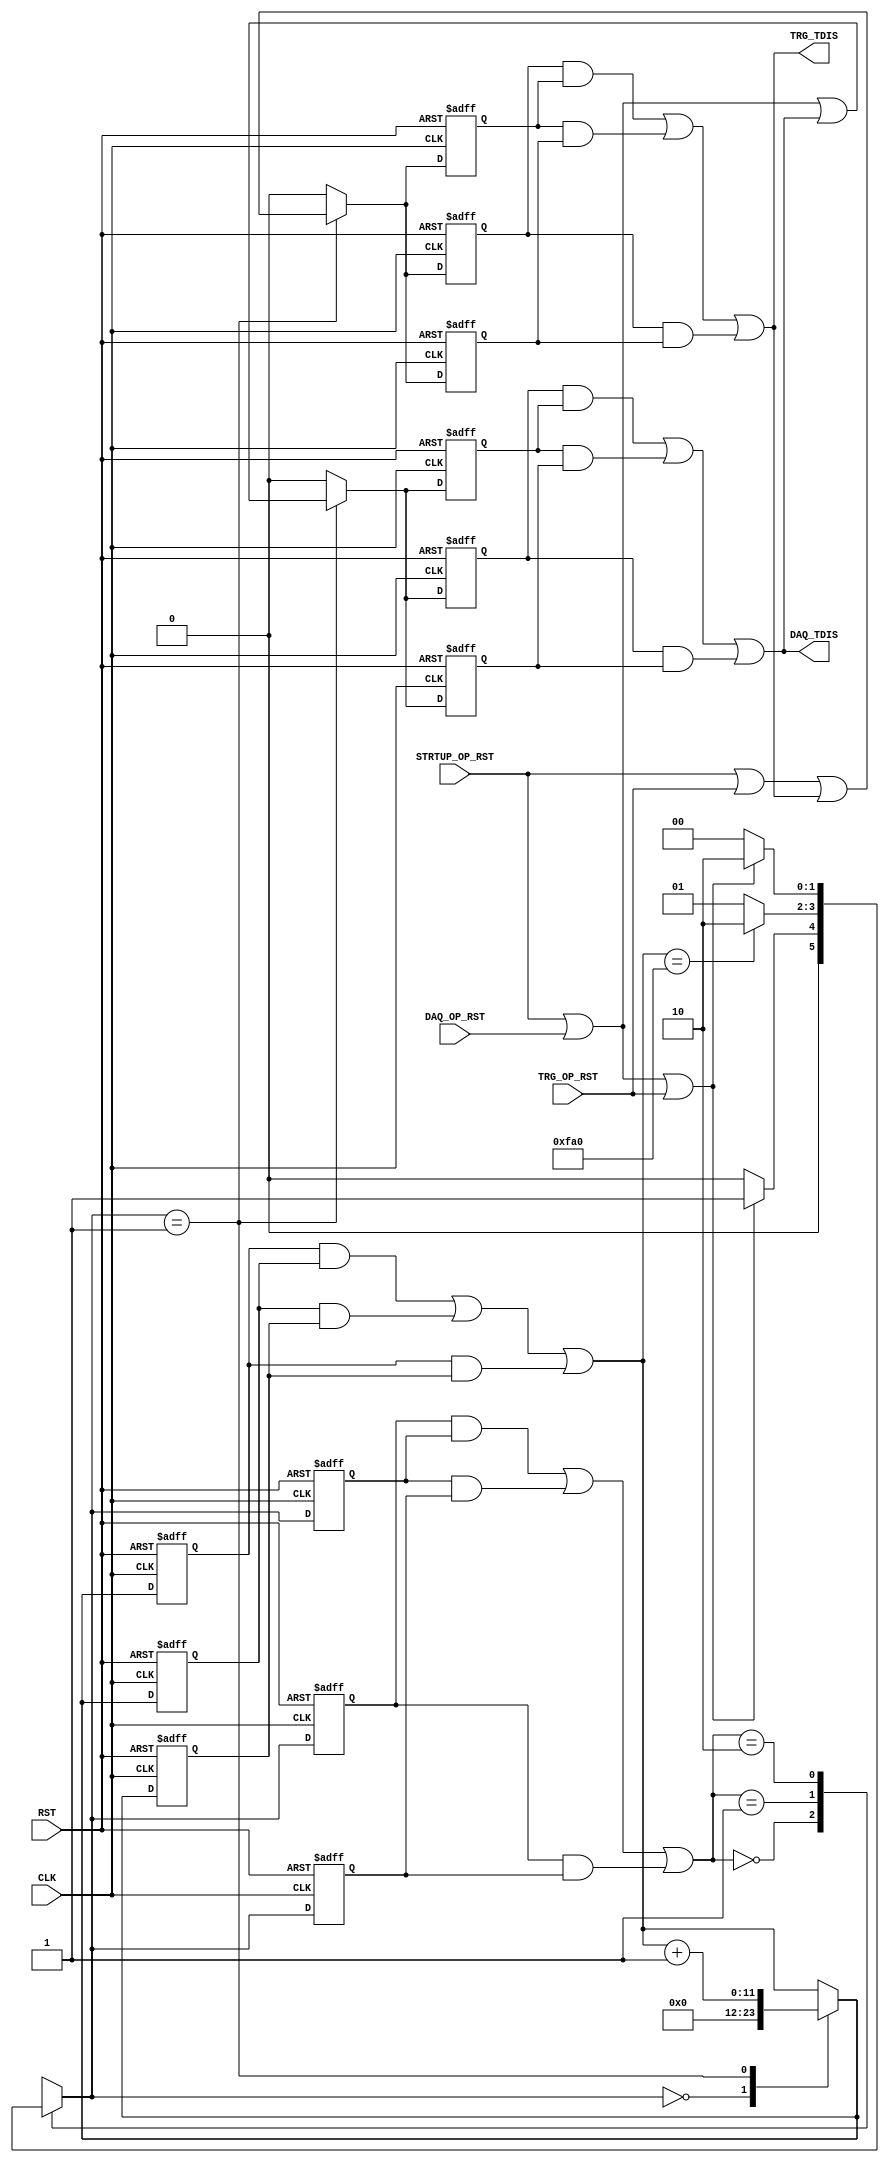

// Created by fizzim_tmr.pl version $Revision: 4.44 on 2016:06:27 at 14:58:35 (www.fizzim.com)

module op_link_rst_FSM_TMR 
  #(
    parameter PULSE_DUR = 12'd4000
  )(
  output DAQ_TDIS,
  output TRG_TDIS,
  input CLK,
  input DAQ_OP_RST,
  input RST,
  input STRTUP_OP_RST,
  input TRG_OP_RST 
);

  // state bits
  parameter 
  Idle   = 2'b00, 
  Tx_Dis = 2'b01, 
  Wait   = 2'b10; 

  (* syn_preserve = "true" *) reg [1:0] state_1;
  (* syn_preserve = "true" *) reg [1:0] state_2;
  (* syn_preserve = "true" *) reg [1:0] state_3;

  (* syn_keep = "true" *) wire [1:0] voted_state_1;
  (* syn_keep = "true" *) wire [1:0] voted_state_2;
  (* syn_keep = "true" *) wire [1:0] voted_state_3;

  assign voted_state_1      = (state_1      & state_2     ) | (state_2      & state_3     ) | (state_1      & state_3     ); // Majority logic
  assign voted_state_2      = (state_1      & state_2     ) | (state_2      & state_3     ) | (state_1      & state_3     ); // Majority logic
  assign voted_state_3      = (state_1      & state_2     ) | (state_2      & state_3     ) | (state_1      & state_3     ); // Majority logic


  (* syn_keep = "true" *) reg [1:0] nextstate_1;
  (* syn_keep = "true" *) reg [1:0] nextstate_2;
  (* syn_keep = "true" *) reg [1:0] nextstate_3;


  (* syn_preserve = "true" *)  reg DAQ_TDIS_1;
  (* syn_preserve = "true" *)  reg DAQ_TDIS_2;
  (* syn_preserve = "true" *)  reg DAQ_TDIS_3;
  (* syn_preserve = "true" *)  reg TRG_TDIS_1;
  (* syn_preserve = "true" *)  reg TRG_TDIS_2;
  (* syn_preserve = "true" *)  reg TRG_TDIS_3;
  (* syn_preserve = "true" *)  reg [11:0] cnt_1;
  (* syn_preserve = "true" *)  reg [11:0] cnt_2;
  (* syn_preserve = "true" *)  reg [11:0] cnt_3;
  (* syn_keep = "true" *)      wire [11:0] voted_cnt_1;
  (* syn_keep = "true" *)      wire [11:0] voted_cnt_2;
  (* syn_keep = "true" *)      wire [11:0] voted_cnt_3;
  (* syn_preserve = "true" *)  reg daq_tdis_i_1;
  (* syn_preserve = "true" *)  reg daq_tdis_i_2;
  (* syn_preserve = "true" *)  reg daq_tdis_i_3;
  (* syn_keep = "true" *)      wire voted_daq_tdis_i_1;
  (* syn_keep = "true" *)      wire voted_daq_tdis_i_2;
  (* syn_keep = "true" *)      wire voted_daq_tdis_i_3;
  (* syn_preserve = "true" *)  reg trg_tdis_i_1;
  (* syn_preserve = "true" *)  reg trg_tdis_i_2;
  (* syn_preserve = "true" *)  reg trg_tdis_i_3;
  (* syn_keep = "true" *)      wire voted_trg_tdis_i_1;
  (* syn_keep = "true" *)      wire voted_trg_tdis_i_2;
  (* syn_keep = "true" *)      wire voted_trg_tdis_i_3;

  // Assignment of outputs and flags to voted majority logic of replicated registers
  assign DAQ_TDIS   = (DAQ_TDIS_1   & DAQ_TDIS_2  ) | (DAQ_TDIS_2   & DAQ_TDIS_3  ) | (DAQ_TDIS_1   & DAQ_TDIS_3  ); // Majority logic
  assign TRG_TDIS   = (TRG_TDIS_1   & TRG_TDIS_2  ) | (TRG_TDIS_2   & TRG_TDIS_3  ) | (TRG_TDIS_1   & TRG_TDIS_3  ); // Majority logic
  assign voted_cnt_1        = (cnt_1        & cnt_2       ) | (cnt_2        & cnt_3       ) | (cnt_1        & cnt_3       ); // Majority logic
  assign voted_cnt_2        = (cnt_1        & cnt_2       ) | (cnt_2        & cnt_3       ) | (cnt_1        & cnt_3       ); // Majority logic
  assign voted_cnt_3        = (cnt_1        & cnt_2       ) | (cnt_2        & cnt_3       ) | (cnt_1        & cnt_3       ); // Majority logic
  assign voted_daq_tdis_i_1 = (daq_tdis_i_1 & daq_tdis_i_2) | (daq_tdis_i_2 & daq_tdis_i_3) | (daq_tdis_i_1 & daq_tdis_i_3); // Majority logic
  assign voted_daq_tdis_i_2 = (daq_tdis_i_1 & daq_tdis_i_2) | (daq_tdis_i_2 & daq_tdis_i_3) | (daq_tdis_i_1 & daq_tdis_i_3); // Majority logic
  assign voted_daq_tdis_i_3 = (daq_tdis_i_1 & daq_tdis_i_2) | (daq_tdis_i_2 & daq_tdis_i_3) | (daq_tdis_i_1 & daq_tdis_i_3); // Majority logic
  assign voted_trg_tdis_i_1 = (trg_tdis_i_1 & trg_tdis_i_2) | (trg_tdis_i_2 & trg_tdis_i_3) | (trg_tdis_i_1 & trg_tdis_i_3); // Majority logic
  assign voted_trg_tdis_i_2 = (trg_tdis_i_1 & trg_tdis_i_2) | (trg_tdis_i_2 & trg_tdis_i_3) | (trg_tdis_i_1 & trg_tdis_i_3); // Majority logic
  assign voted_trg_tdis_i_3 = (trg_tdis_i_1 & trg_tdis_i_2) | (trg_tdis_i_2 & trg_tdis_i_3) | (trg_tdis_i_1 & trg_tdis_i_3); // Majority logic

  // Assignment of error detection logic to replicated signals

  // comb always block
  always @* begin
    nextstate_1 = 2'bxx; // default to x because default_state_is_x is set
    nextstate_2 = 2'bxx; // default to x because default_state_is_x is set
    nextstate_3 = 2'bxx; // default to x because default_state_is_x is set
    DAQ_TDIS_1 = voted_daq_tdis_i_1; // default
    DAQ_TDIS_2 = voted_daq_tdis_i_2; // default
    DAQ_TDIS_3 = voted_daq_tdis_i_3; // default
    TRG_TDIS_1 = voted_trg_tdis_i_1; // default
    TRG_TDIS_2 = voted_trg_tdis_i_2; // default
    TRG_TDIS_3 = voted_trg_tdis_i_3; // default
    case (voted_state_1)
      Idle  : if (STRTUP_OP_RST || DAQ_OP_RST || TRG_OP_RST)     nextstate_1 = Tx_Dis;
              else                                               nextstate_1 = Idle;
      Tx_Dis: if (voted_cnt_1 == PULSE_DUR)                      nextstate_1 = Wait;
              else                                               nextstate_1 = Tx_Dis;
      Wait  : if (!(STRTUP_OP_RST || DAQ_OP_RST || TRG_OP_RST))  nextstate_1 = Idle;
              else                                               nextstate_1 = Wait;
    endcase
    case (voted_state_2)
      Idle  : if (STRTUP_OP_RST || DAQ_OP_RST || TRG_OP_RST)     nextstate_2 = Tx_Dis;
              else                                               nextstate_2 = Idle;
      Tx_Dis: if (voted_cnt_2 == PULSE_DUR)                      nextstate_2 = Wait;
              else                                               nextstate_2 = Tx_Dis;
      Wait  : if (!(STRTUP_OP_RST || DAQ_OP_RST || TRG_OP_RST))  nextstate_2 = Idle;
              else                                               nextstate_2 = Wait;
    endcase
    case (voted_state_3)
      Idle  : if (STRTUP_OP_RST || DAQ_OP_RST || TRG_OP_RST)     nextstate_3 = Tx_Dis;
              else                                               nextstate_3 = Idle;
      Tx_Dis: if (voted_cnt_3 == PULSE_DUR)                      nextstate_3 = Wait;
              else                                               nextstate_3 = Tx_Dis;
      Wait  : if (!(STRTUP_OP_RST || DAQ_OP_RST || TRG_OP_RST))  nextstate_3 = Idle;
              else                                               nextstate_3 = Wait;
    endcase
  end

  // Assign reg'd outputs to state bits

  // sequential always block
  always @(posedge CLK or posedge RST) begin
    if (RST) begin
      state_1 <= Idle;
      state_2 <= Idle;
      state_3 <= Idle;
    end
    else begin
      state_1 <= nextstate_1;
      state_2 <= nextstate_2;
      state_3 <= nextstate_3;
    end
  end

  // datapath sequential always block
  always @(posedge CLK or posedge RST) begin
    if (RST) begin
      cnt_1 <= 12'h000;
      cnt_2 <= 12'h000;
      cnt_3 <= 12'h000;
      daq_tdis_i_1 <= 0;
      daq_tdis_i_2 <= 0;
      daq_tdis_i_3 <= 0;
      trg_tdis_i_1 <= 0;
      trg_tdis_i_2 <= 0;
      trg_tdis_i_3 <= 0;
    end
    else begin
      cnt_1 <= voted_cnt_1; // default
      cnt_2 <= voted_cnt_2; // default
      cnt_3 <= voted_cnt_3; // default
      daq_tdis_i_1 <= 0; // default
      daq_tdis_i_2 <= 0; // default
      daq_tdis_i_3 <= 0; // default
      trg_tdis_i_1 <= 0; // default
      trg_tdis_i_2 <= 0; // default
      trg_tdis_i_3 <= 0; // default
      case (nextstate_1)
        Idle  :        cnt_1 <= 12'h000;
        Tx_Dis: begin
                       cnt_1 <= voted_cnt_1 + 1;
                       daq_tdis_i_1 <= STRTUP_OP_RST || DAQ_OP_RST || voted_daq_tdis_i_1;
                       trg_tdis_i_1 <= STRTUP_OP_RST || TRG_OP_RST || voted_trg_tdis_i_1;
        end
      endcase
      case (nextstate_2)
        Idle  :        cnt_2 <= 12'h000;
        Tx_Dis: begin
                       cnt_2 <= voted_cnt_2 + 1;
                       daq_tdis_i_2 <= STRTUP_OP_RST || DAQ_OP_RST || voted_daq_tdis_i_2;
                       trg_tdis_i_2 <= STRTUP_OP_RST || TRG_OP_RST || voted_trg_tdis_i_2;
        end
      endcase
      case (nextstate_3)
        Idle  :        cnt_3 <= 12'h000;
        Tx_Dis: begin
                       cnt_3 <= voted_cnt_3 + 1;
                       daq_tdis_i_3 <= STRTUP_OP_RST || DAQ_OP_RST || voted_daq_tdis_i_3;
                       trg_tdis_i_3 <= STRTUP_OP_RST || TRG_OP_RST || voted_trg_tdis_i_3;
        end
      endcase
    end
  end

  // This code allows you to see state names in simulation
  `ifndef SYNTHESIS
  reg [47:0] statename;
  always @* begin
    case (state_1)
      Idle  :  statename = "Idle";
      Tx_Dis:  statename = "Tx_Dis";
      Wait  :  statename = "Wait";
      default: statename = "XXXXXX";
    endcase
  end
  `endif

endmodule